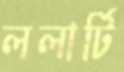
ললার্টি